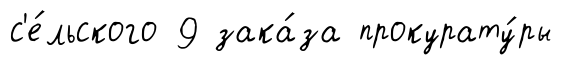
с'е́льского 9 зака́за прокурату́ры